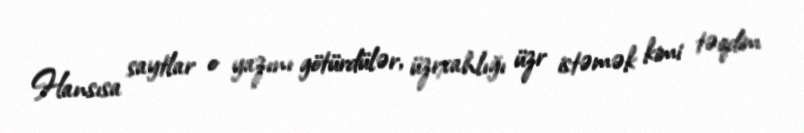
Hansısa saytlar o yazını götürdülər, üzrxahlığı üzr istəmək kimi təqdim